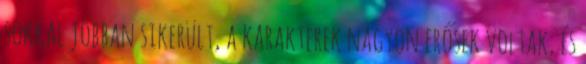
sokkal jobban sikerült, a karakterek nagyon erősek voltak, és